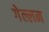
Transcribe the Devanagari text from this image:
गेल्लन